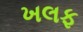
ખલફ